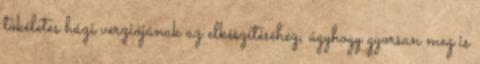
tökéletes házi verziójának az elkészítéséhez, úgyhogy gyorsan meg is